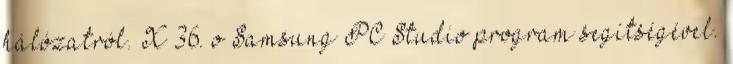
hálózatról. X 36. o Samsung PC Studio program segítségével.